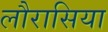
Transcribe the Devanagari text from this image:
लौरासिया